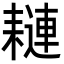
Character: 𦔖